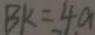
B K = 4 a